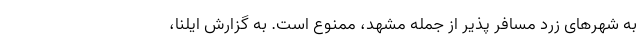
به شهر‌های زرد مسافر پذیر از جمله مشهد، ممنوع است. به گزارش ایلنا،